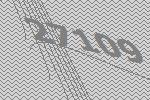
27109